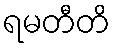
ရမတီတိ